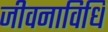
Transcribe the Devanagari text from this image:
जीवनाविधि